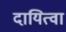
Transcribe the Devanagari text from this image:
दायित्वा